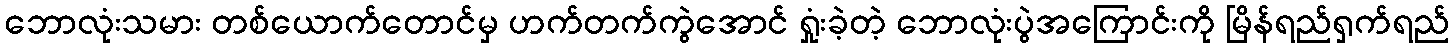
ဘောလုံးသမား တစ်ယောက်တောင်မှ ဟက်တက်ကွဲအောင် ရှုံးခဲ့တဲ့ ဘောလုံးပွဲအကြောင်းကို မြိန်ရည်ရှက်ရည်